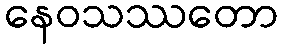
နေဝသဿတော